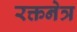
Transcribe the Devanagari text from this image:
रक्तनेत्र